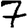
Digit: 7